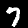
Label: 7